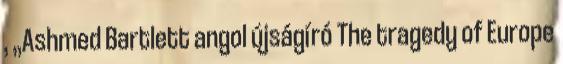
, „Ashmed Bartlett angol újságíró The tragedy of Europe